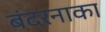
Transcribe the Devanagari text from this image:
बंदरनाका